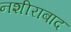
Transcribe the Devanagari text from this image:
नशीराबाद